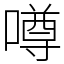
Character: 噂